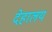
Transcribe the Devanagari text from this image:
देहालय